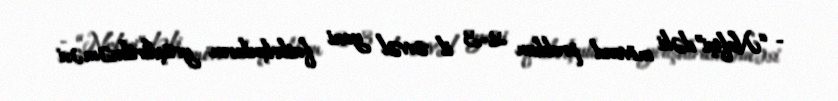
- “Neftçi”dəki mövcud problem 2-3 il əvvəl yeni futbolçuların yetişdirilməməsi